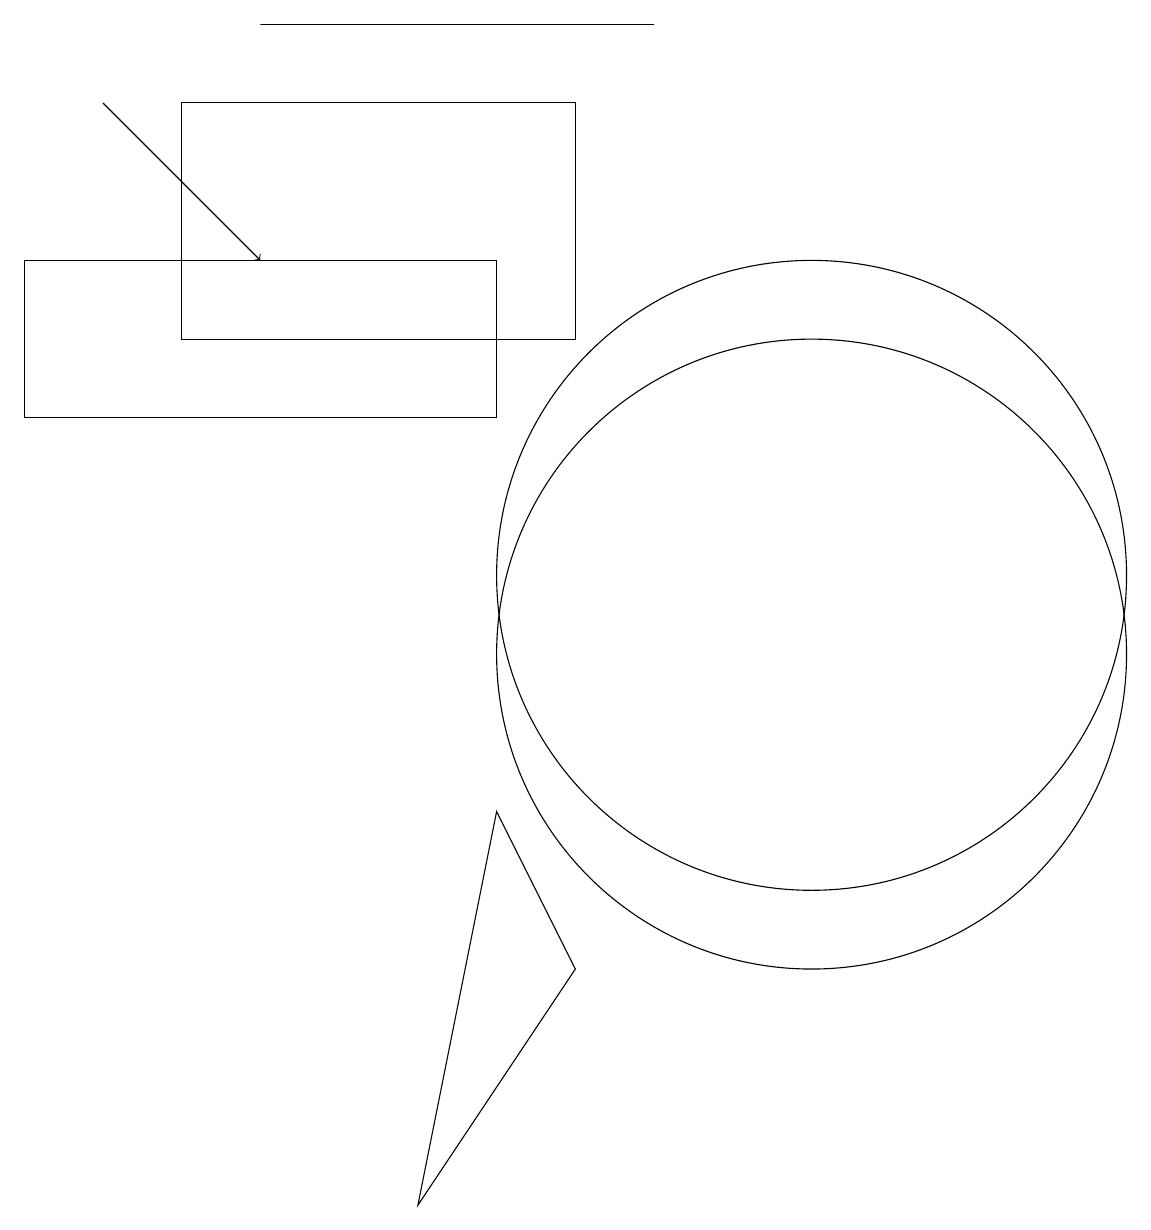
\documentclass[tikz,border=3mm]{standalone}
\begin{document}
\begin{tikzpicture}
\draw (10,11) circle (4);
\draw (8,18) rectangle (3,18);
\draw (10,10) circle (4);
\draw[->] (1,17) -- (3,15);
\draw (0,13) rectangle (6,15);
\draw (2,14) rectangle (7,17);
\draw (6,8) -- (5,3) -- (7,6) -- cycle;
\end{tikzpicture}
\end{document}